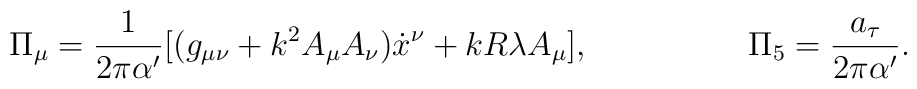
\Pi_\mu = \frac{1}{2\pi \alpha^\prime}[(g_{\mu \nu} + k^2 A_\mu A_\nu) {\dot{x}}^\nu + kR\lambda A_\mu],\hspace{20mm} \Pi_5 = \frac{a_\tau}{2\pi {\alpha^\prime}} .